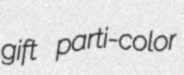
gift parti-color